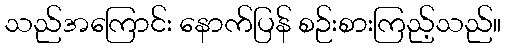
သည်အကြောင်း နောက်ပြန် စဉ်းစားကြည့်သည်။